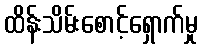
ထိန်းသိမ်းစောင့်ရှောက်မှု